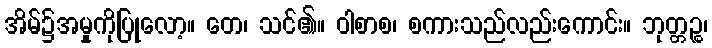
အိမ်၌အမှုကိုပြုလော့။ တေ၊ သင်၏။ ဝါစာစ၊ စကားသည်လည်းကောင်း။ ဘုတ္တဉ္စ၊